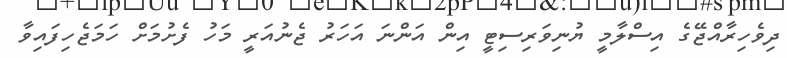
ދިވެހިރާއްޖޭގެ އިސްލާމީ ޔުނިވަރިސިޓީ އިން އަންނަ އަހަރު ޖެނުއަރީ މަހު ފެށުމަށް ހަމަޖެހިފައިވާ